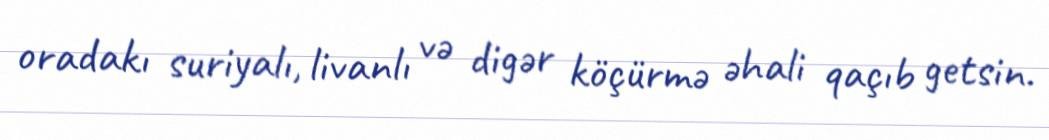
oradakı suriyalı, livanlı və digər köçürmə əhali qaçıb getsin.